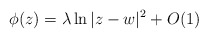
\begin{align*} \phi(z)=\lambda\ln|z-w|^2+O(1)\end{align*}